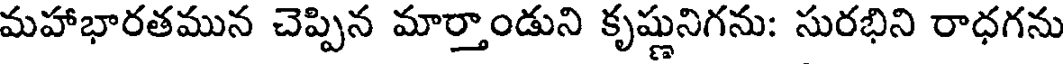
మహాభారతమున చెప్పిన మార్తాండుని కృష్ణునిగను: సురభిని రాధగను